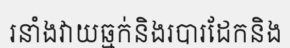
រនាំងវាយឆ្មក់និងរបារដែកនិង